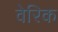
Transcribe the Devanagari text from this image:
वेरिक